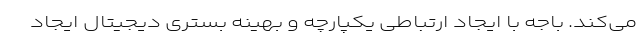
می‌کند. باجه با ایجاد ارتباطی یکپارچه و بهینه بستری دیجیتال ایجاد